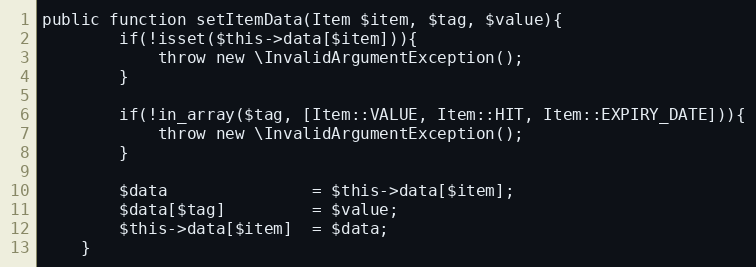
Language: PHP
public function setItemData(Item $item, $tag, $value){
        if(!isset($this->data[$item])){
            throw new \InvalidArgumentException();
        }

        if(!in_array($tag, [Item::VALUE, Item::HIT, Item::EXPIRY_DATE])){
            throw new \InvalidArgumentException();
        }

        $data               = $this->data[$item];
        $data[$tag]         = $value;
        $this->data[$item]  = $data;
    }